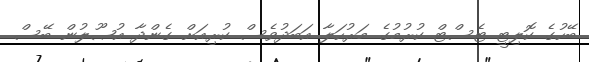
ބޭހުގެ ކޮލިޓީ ޓެސްޓް ކުރުމުގެ މަރުހަލާ އަބަދުވެސް ކުރިއަށް ގެންދާ އުޞޫލުން ބޭސް